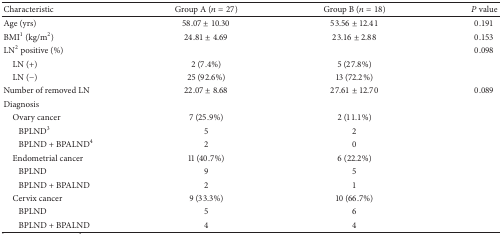
| Characteristic | Group A (n = 27) | Group B (n = 18) | P value |
 | --- | --- | --- | --- |
 | Age (yrs) | 58.07 ± 10.30 | 53.56 ± 12.41 | 0.191 |
 | BMI1 (kg/m2) | 24.81 ± 4.69 | 23.16 ± 2.88 | 0.153 |
 | LN2 positive (%) |  |  | 0.098 |
 | LN (+) | 2 (7.4%) | 5 (27.8%) |  |
 | LN (−) | 25 (92.6%) | 13 (72.2%) |  |
 | Number of removed LN | 22.07 ± 8.68 | 27.61 ± 12.70 | 0.089 |
 | Diagnosis |  |  |  |
 | Ovary cancer | 7 (25.9%) | 2 (11.1%) |  |
 | BPLND3 | 5 | 2 |  |
 | BPLND + BPALND4 | 2 | 0 |  |
 | Endometrial cancer | 11 (40.7%) | 6 (22.2%) |  |
 | BPLND | 9 | 5 |  |
 | BPLND + BPALND | 2 | 1 |  |
 | Cervix cancer | 9 (33.3%) | 10 (66.7%) |  |
 | BPLND | 5 | 6 |  |
 | BPLND + BPALND | 4 | 4 |  |